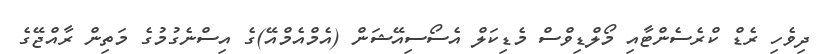
ދިވެހި ރެޑް ކްރެސެންޓާއި މޯލްޑިވްސް މެޑިކަލް އެސޯސިއޭޝަން (އެމްއެމްއޭ)ގެ އިސްނެގުމުގެ މަތިން ރާއްޖޭގެ